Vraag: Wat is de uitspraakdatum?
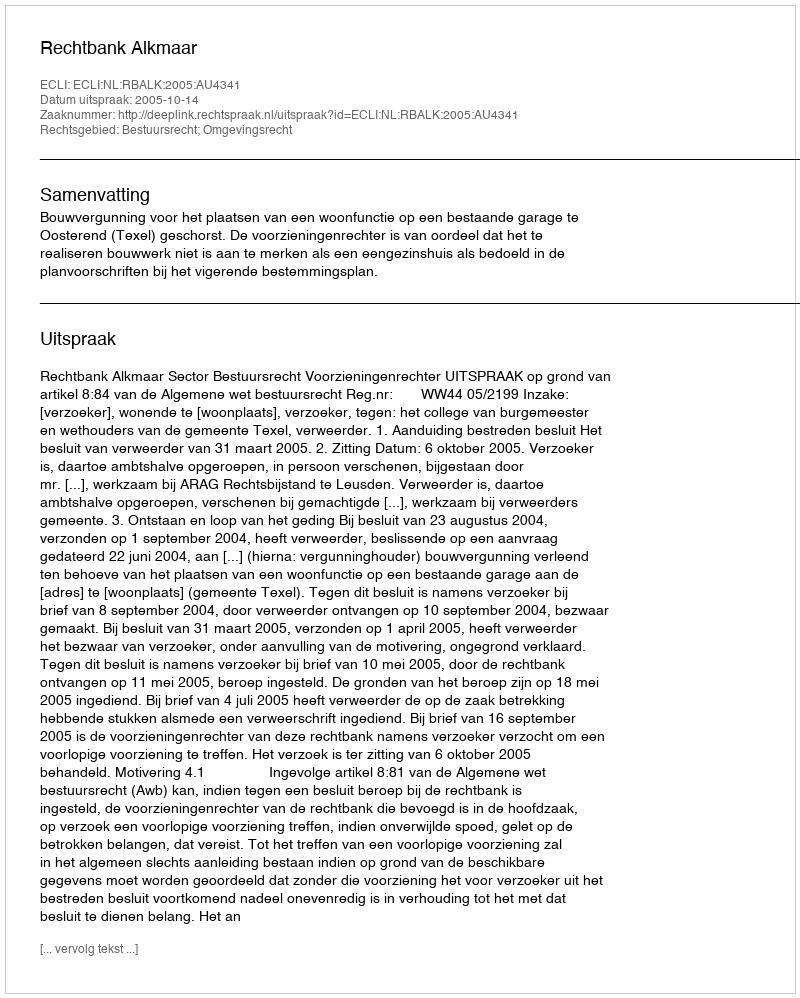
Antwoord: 2005-10-14